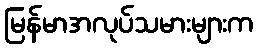
မြန်မာအလုပ်သမားများက